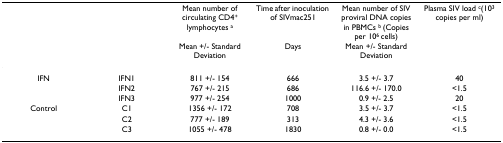
<table><thead><tr><td></td><td></td><td><b>Mean number of circulating CD4<sup>+ </sup>lymphocytes <sup>a</sup></b></td><td><b>Time after inoculation of SIVmac251</b></td><td><b>Mean number of SIV proviral DNA copies in PBMCs <sup>b </sup>(Copies per 10<sup>6 </sup>cells)</b></td><td><b>Plasma SIV load <sup>c</sup>(10<sup>3 </sup>copies per ml)</b></td></tr><tr><td></td><td></td><td><b>Mean +/- Standard Deviation</b></td><td><b>Days</b></td><td><b>Mean +/- Standard Deviation</b></td><td></td></tr></thead><tbody><tr><td>IFN</td><td>IFN1</td><td>811 +/- 154</td><td>666</td><td>3.5 +/- 3.7</td><td>40</td></tr><tr><td></td><td>IFN2</td><td>767 +/- 215</td><td>686</td><td>116.6 +/- 170.0</td><td>&lt;1.5</td></tr><tr><td></td><td>IFN3</td><td>977 +/- 254</td><td>1000</td><td>0.9 +/- 2.5</td><td>20</td></tr><tr><td>Control</td><td>C1</td><td>1356 +/- 172</td><td>708</td><td>3.5 +/- 3.7</td><td>&lt;1.5</td></tr><tr><td></td><td>C2</td><td>777 +/- 189</td><td>313</td><td>4.3 +/- 3.6</td><td>&lt;1.5</td></tr><tr><td></td><td>C3</td><td>1055 +/- 478</td><td>1830</td><td>0.8 +/- 0.0</td><td>&lt;1.5</td></tr></tbody></table>